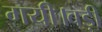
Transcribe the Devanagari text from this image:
गयी।बड़ी